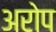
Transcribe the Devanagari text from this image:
अरोप